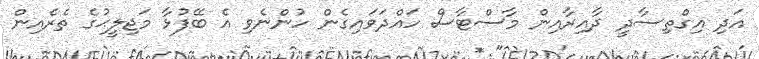
އަދި އިގްތިސާދީ ދާއިރާއިން މާސްޓާސް ހައްދަވައިގެން ހުންނެވި އެ ބޭފުޅާ މަޖިލީޙުގެ ތެރެއިން